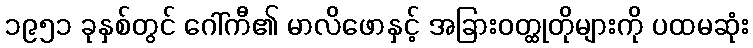
၁၉၅၁ ခုနှစ်တွင် ဂေါ်ကီ၏ မာလိဖောနှင့် အခြားဝတ္ထုတိုများကို ပထမဆုံး